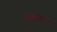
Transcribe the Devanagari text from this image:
छतपर